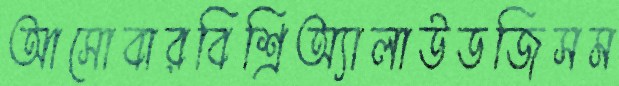
আসোবারবিশ্রিঅ্যালাউডজিসম